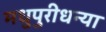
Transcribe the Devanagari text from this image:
मधुपुरीधन्या